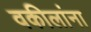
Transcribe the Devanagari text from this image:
वकीलांना